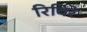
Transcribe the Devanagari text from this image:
रिविरे